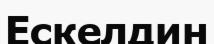
Ескелдин